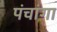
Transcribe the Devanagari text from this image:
पंचांगा